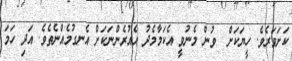
ކަށަވަރެވެ. ހީޔަކަށް  ވުން މެނުވީ އެކަމާމެދު އެއުރެންނަކަށް އެނގުމެއްނެތެވެ. އަދި ހަމަ